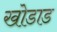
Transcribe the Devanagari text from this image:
खोडाड